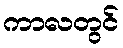
ကာလတွင်